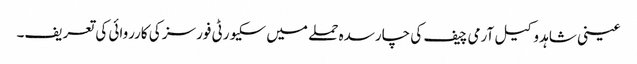
عینی شاہد وکیل آرمی چیف کی چارسدہ حملے میں سکیورٹی فورسز کی کارروائی کی تعریف۔